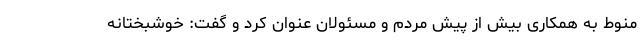
منوط به همکاری بیش از پیش مردم و مسئولان عنوان کرد و گفت: خوشبختانه